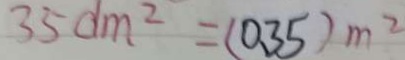
3 5 d m ^ { 2 } = ( 0 . 3 5 ) m ^ { 2 }